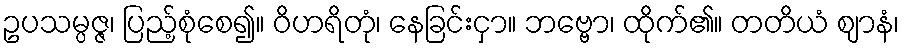
ဥပသမ္ပဇ္ဇ၊ ပြည့်စုံစေ၍။ ဝိဟရိတုံ၊ နေခြင်းငှာ။ ဘဗ္ဗော၊ ထိုက်၏။ တတိယံ ဈာနံ၊